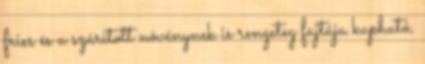
friss és a szárított növénynek is rengeteg fajtája kapható,